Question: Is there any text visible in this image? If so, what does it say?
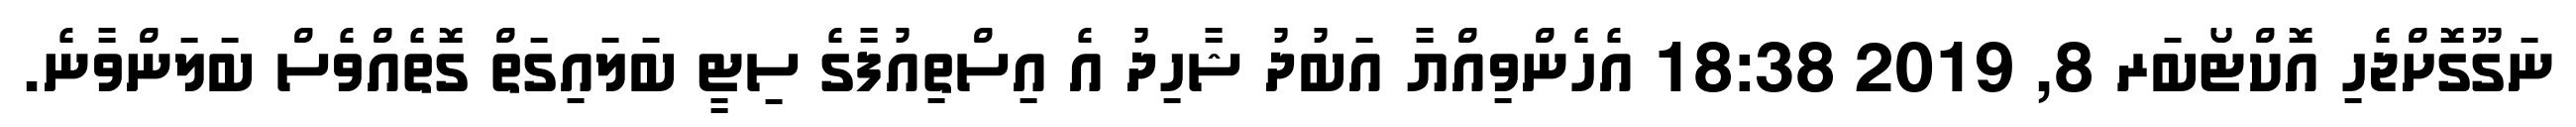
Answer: ނަގޫގޮށްޖެހި އޮކްޓޯބަރ 8, 2019 18:38 އެހެންވިއްޔާ އަބުދު ޝާހިދު އެ އިސްތިއުފާގެ ސިޓީ ބަލައިގަތް ގޮތެއްވެސް ބަލަންވާނެ.